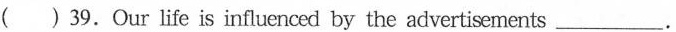
( )39.Our life is influenced by the advertisements ___.